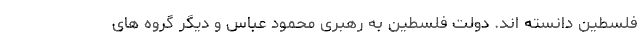
فلسطین دانسته اند. دولت فلسطین به رهبری محمود عباس و دیگر گروه های